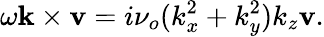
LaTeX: \omega\mathbf{k}\times\mathbf{v}=i\nu_{o}(k_{x}^{2}+k_{y}^{2})k_{z}\mathbf{v}.